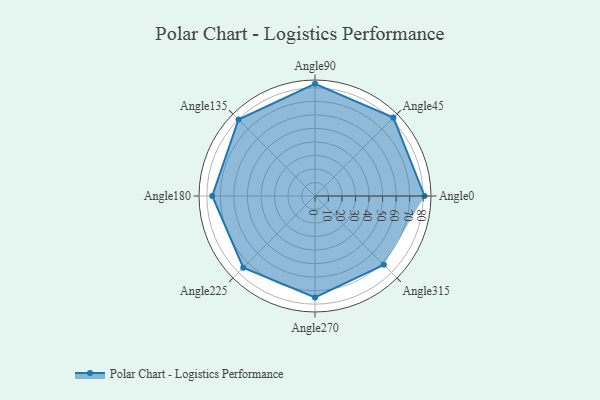
{"axis": {"x": "Angle", "y": "Radius"}, "legend": [""], "data": [{"x": "Angle0", "y": 81.0, "type": ""}, {"x": "Angle45", "y": 82.0, "type": ""}, {"x": "Angle90", "y": 83.0, "type": ""}, {"x": "Angle135", "y": 80.0, "type": ""}, {"x": "Angle180", "y": 76.0, "type": ""}, {"x": "Angle225", "y": 75.0, "type": ""}, {"x": "Angle270", "y": 75.0, "type": ""}, {"x": "Angle315", "y": 72.0, "type": ""}]}